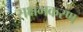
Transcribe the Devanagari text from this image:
सक्षमकरण